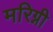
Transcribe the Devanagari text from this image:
मरिग्नी